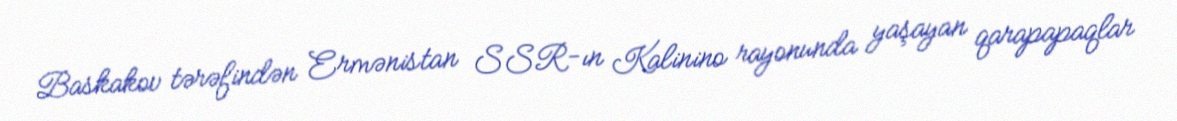
Baskakov tərəfindən Ermənistan SSR-ın Kalinino rayonunda yaşayan qarapapaqlar